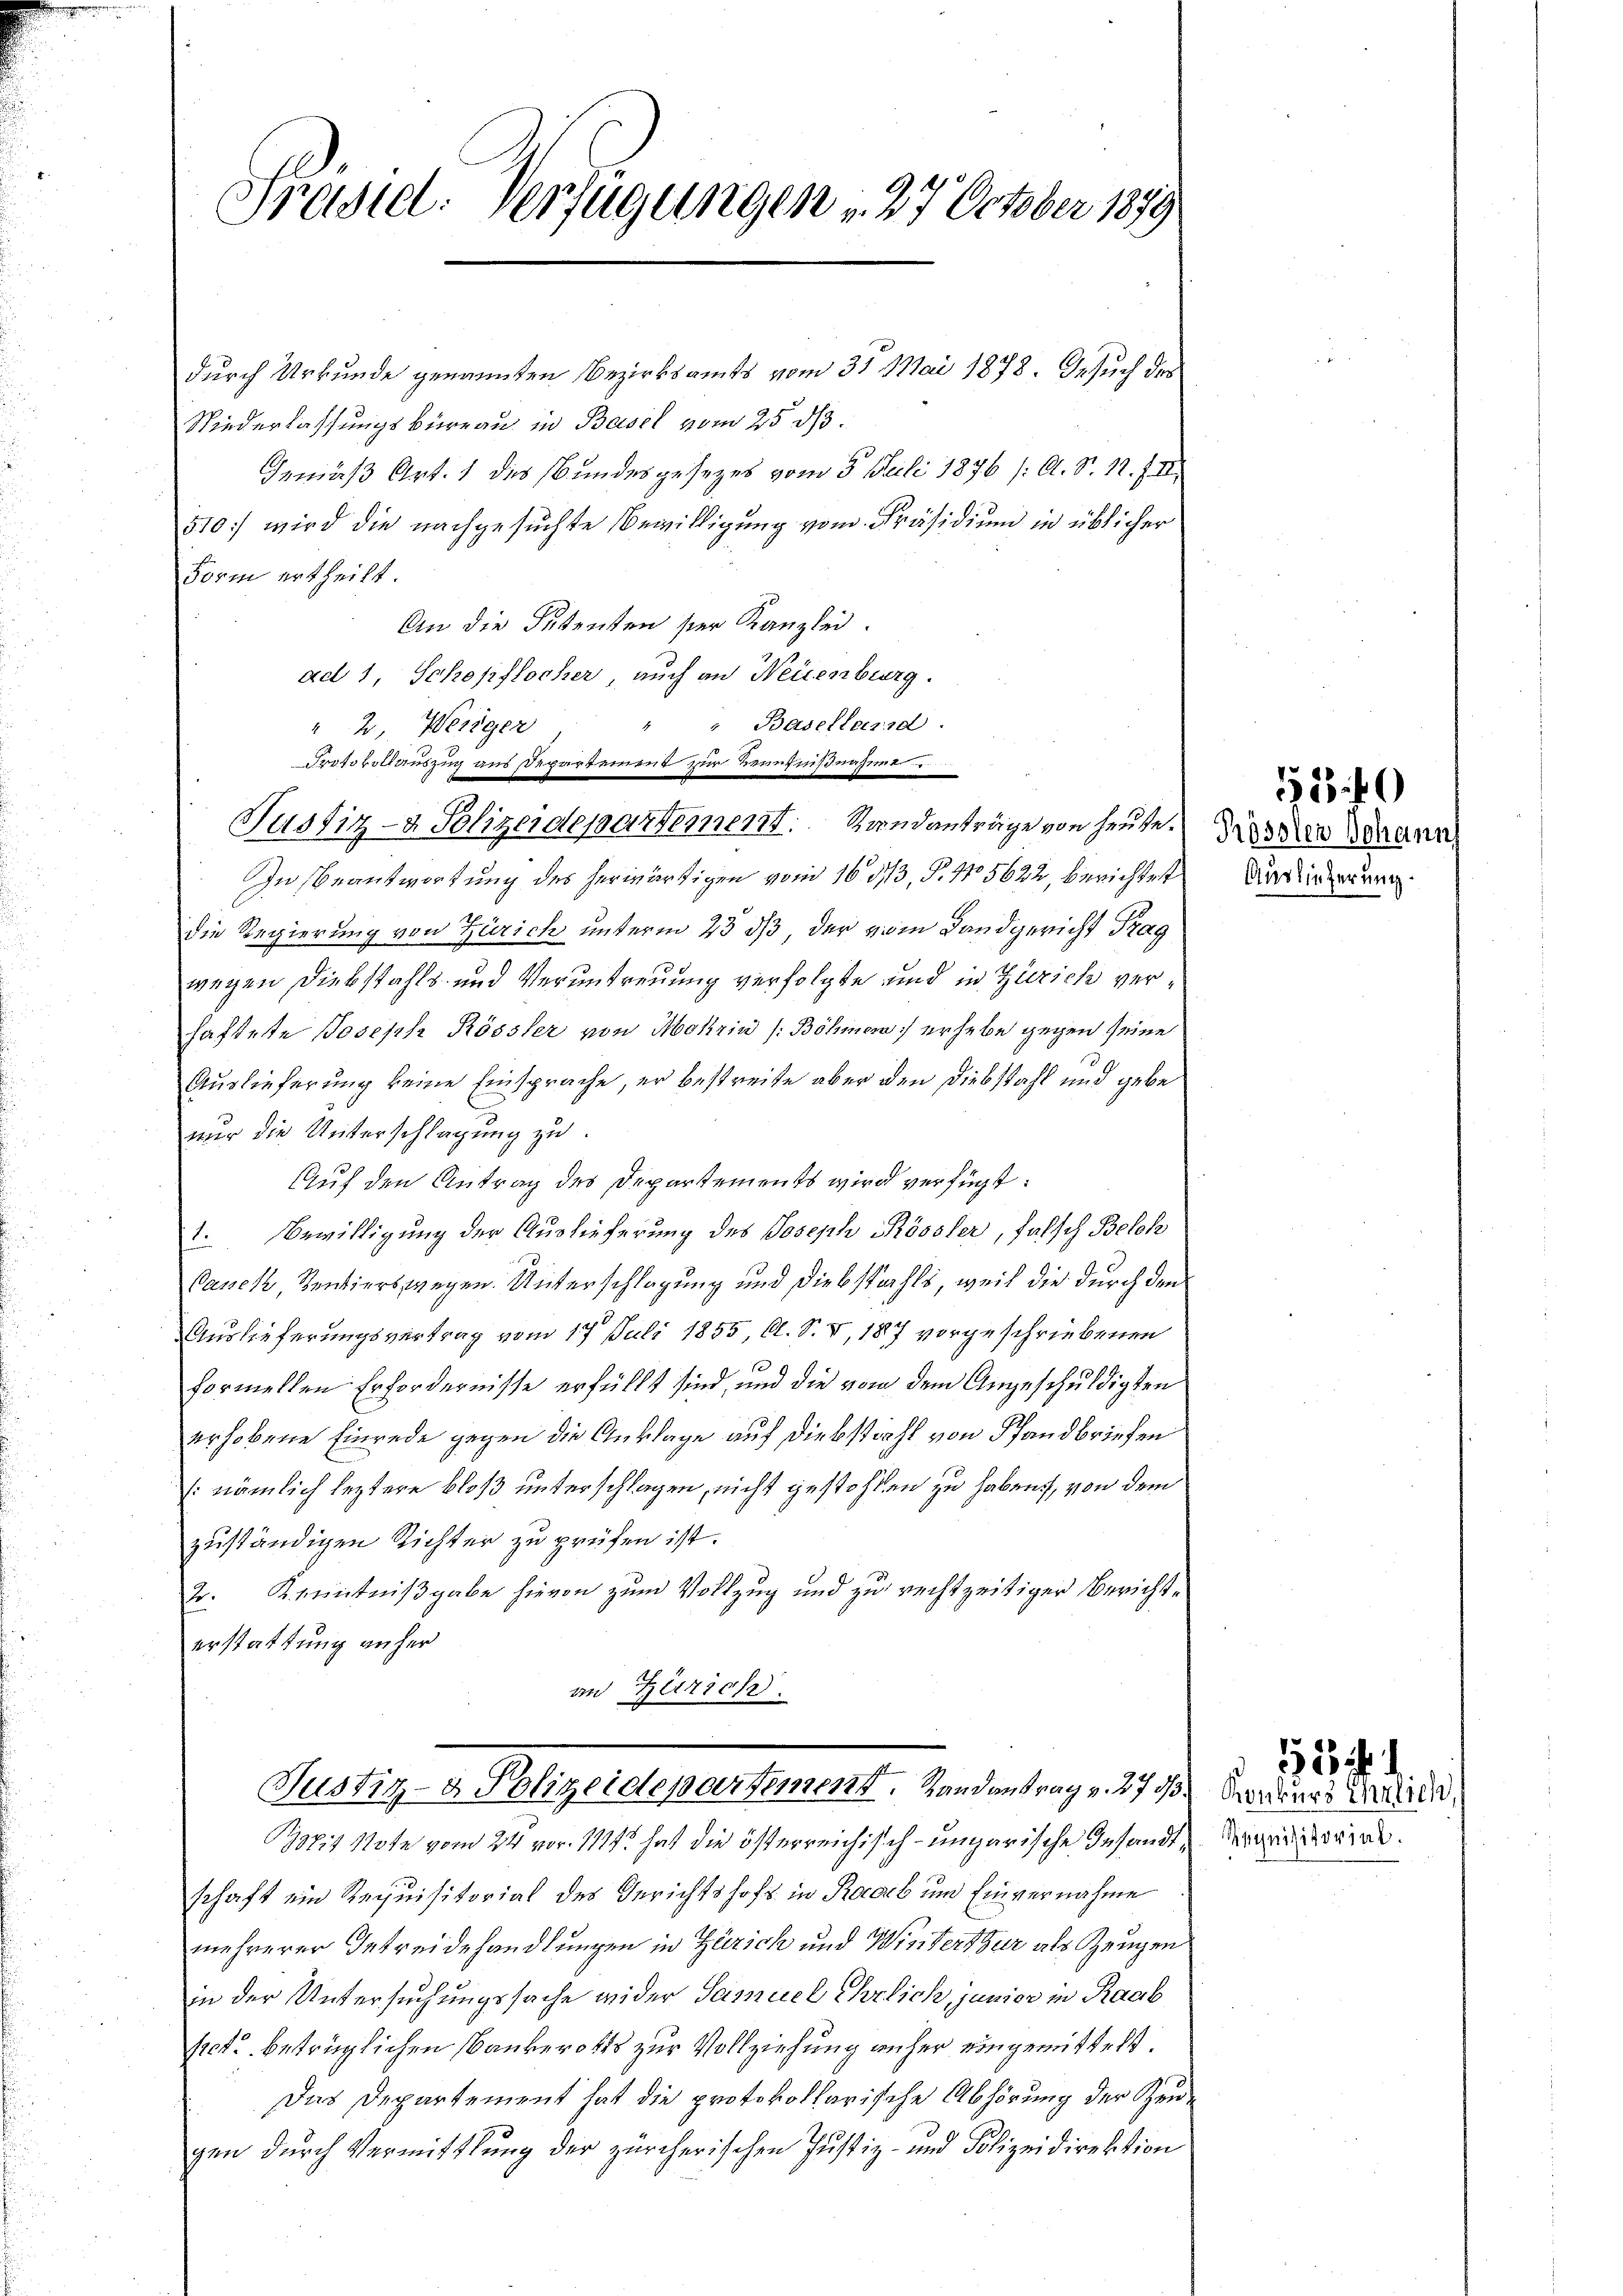
Präsid: Verfügungen , 27 October 1859

durch Urkunde genannten Bezirksamts vom 31. Mai 1878. Gesuch des
Niederlassungsbureau in Basel vom 25. ds.
Gemäß Art. 1 des Bundesgesezes vom 5. Juli 1876 /: A. S. 11. III
510) wird die nachgesuchte Bewilligung vom Präsidium in üblicher
Form ertheilt.
An die Sutenten ser Kanzlei.
ad 1, Schepflocher, auch an Neuenburg.
Baselland.
" 2. Weniger
Protokollauszug aus Departement zur Kenntnißnahmer
Justiz- & Polizeidepartement. Standanträge von Heuse.
In Beantwortung des herwärtigen vom 16. 3/3, P. No 5622, berichtest
die Regierung von Zürich unterm 28 ds, der vom Landgericht Frag
wegen Diebstahls und Veruntreuung verfolgte und in Zürich verhaftette Joseph Rössler von Mohrin /: Böhmern erhebe gegen seine
Auslieferung keine Einsprache, er bestreite aber den Diebstahl und gebe
nur die Unterschlagung zu.
Auf den Antrag des Departements wird verfügt:
1. Bewilligung der Auslieferung des Joseph Khössler, falsch Beloh
Canek, Sentiers wegen. Unterschlagung und Diebstahls, weil die durch den
Auslieferungsvertrag vom 17. Juli 1855, Al. S. V, 187 vorgeschriebenen
1
formellen Erfordernisse erfüllt sind, und die von dem Angeschuldigten
erhobene Einrede gegen die Anklage auf Diebstahl von Pfandbriefen
(nämlich leztere bloß unterschlagen, nicht gestohlen zu haben, von dem
zuständigen Richter zu prüfen ist.
tr. Kenntnißgabe hievon zum Vollzug und zu rechtzeitiger Berichterstattung anher
an Zürich.

schaft ein Requisitorial des Gerichtshofs in Raab und Einvernahme
mehrerer Betreidehandlungen in Zürich und Winterthur als Zeugen
in der Untersuchungssache wider Samuel Ehrlich, janier in Raab
sect. betrüglichen Bankerotts zur Vollziehung anher eingemittelt.
Das Departement hat die protokollarische Abhörung der Zengen dŭrch Vermittlung der zürcherischen Jŭstiz- und Polizeidirektion

Justiz- & Polizeidepartement. Landantrag v. 273. Sonders darin

Wit Note vom 24. vor 1114. hat die österreichisch-ungarische Insandt, Argeisterial.

5540

Prössten Johann
Auslieferung